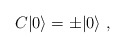
\begin{align*}C|0\rangle = \pm |0\rangle \ ,\end{align*}